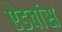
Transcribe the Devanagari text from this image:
ऐडवांस